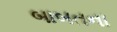
બાબતના